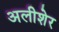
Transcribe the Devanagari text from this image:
अलीशेर